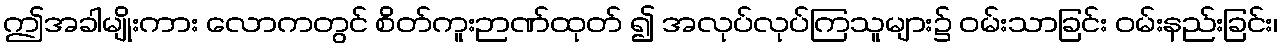
ဤအခါမျိုးကား လောကတွင် စိတ်ကူးဉာဏ်ထုတ် ၍ အလုပ်လုပ်ကြသူများ၌ ဝမ်းသာခြင်း ဝမ်းနည်းခြင်း၊